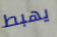
يهبط